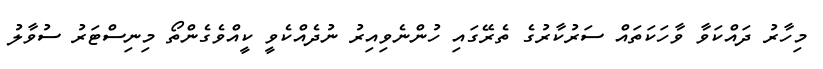
މިހާރު ދައްކަވާ ވާހަކަތައް ސަރުކާރުގެ ތެރޭގައި ހުންނެވިއިރު ނުދެއްކެވީ ކީއްވެގެންތޯ މިނިސްޓަރު ސުވާލު